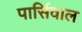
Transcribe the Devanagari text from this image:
पार्सिवाल